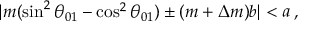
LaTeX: | m ( \sin ^ { 2 } \theta _ { 0 1 } - \cos ^ { 2 } \theta _ { 0 1 } ) \pm ( m + \Delta m ) b | < a \, ,